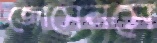
জোসেনসে